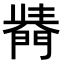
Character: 𨵣